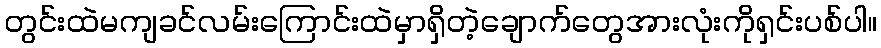
တွင်းထဲမကျခင်လမ်းကြောင်းထဲမှာရှိတဲ့ချောက်တွေအားလုံးကိုရှင်းပစ်ပါ။